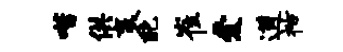
喈供袤配崔爱遒祜